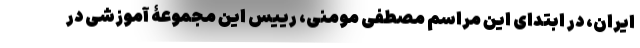
ایران، در ابتدای این مراسم مصطفی مومنی، رییس این مجموعۀ آموزشی در